Annual report on the Civil Veterinary Department, Burma (including the Insein Veterinary School) - 1910-1922
Year: 1910
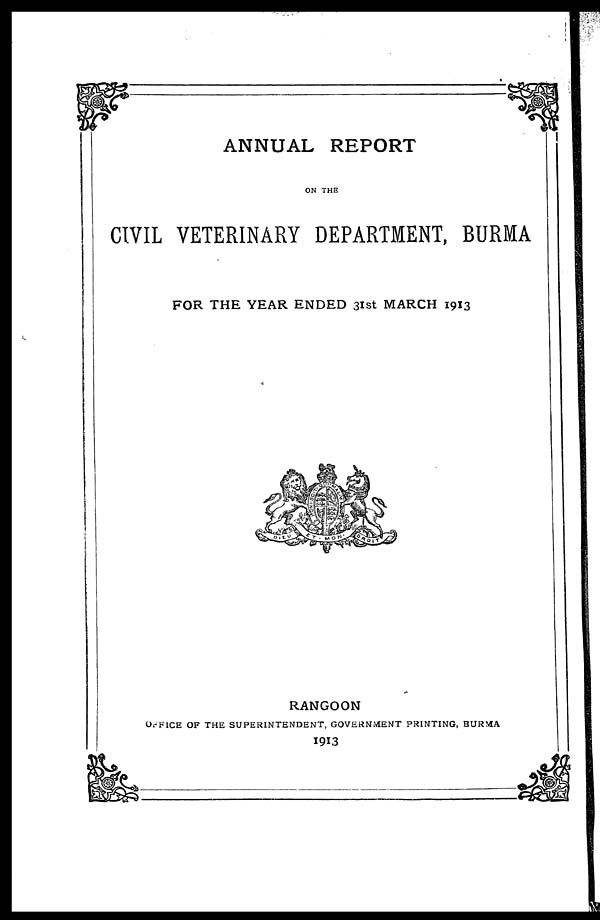
ANNUAL REPORT
ON THE
CIVIL VETERINARY DEPARTMENT, BURMA
FOR THE YEAR ENDED 31st MARCH 1913
RANGOON
OFFICE OF THE SUPERINTENDENT, GOVERNMENT PRINTING, BURMA
1913